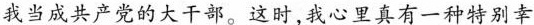
我当成共产党的大干部。这时，我心里真有一种特别幸